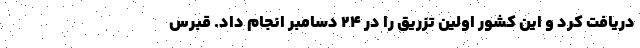
دریافت کرد و این کشور اولین تزریق را در ۲۴ دسامبر انجام داد. قبرس